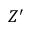
Z ^ { \prime }